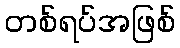
တစ်ရပ်အဖြစ်